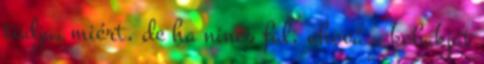
tudja, miért, de ha nincs fal, ahová a kobakját